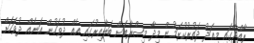
ރާއްޖޭގައި މިއަދު ދަތުރުކުރަމުން މިދާ މިޞްރާބަށް ބަލާއިރުގައި އެއް ދުވަހުން އަނެއް ދުވަހަށް